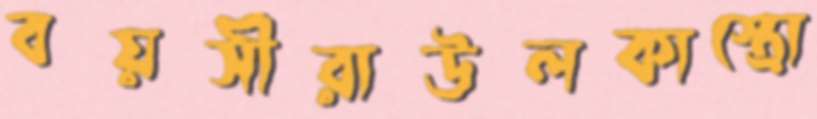
বয়সীরাউলকাস্ত্রো